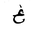
Letter: _gayn